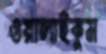
ওয়ালাইকুম